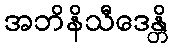
အဘိနိသီဒေန္တိ